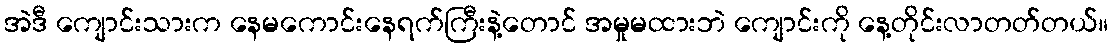
အဲဒီ ကျောင်းသားက နေမကောင်းနေရက်ကြီးနဲ့တောင် အမှုမထားဘဲ ကျောင်းကို နေ့တိုင်းလာတတ်တယ်။